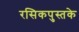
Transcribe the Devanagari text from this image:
रसिकपुस्तके